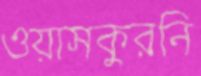
ওয়াসকুরনি